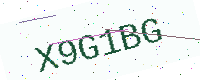
Text: X9G1BG